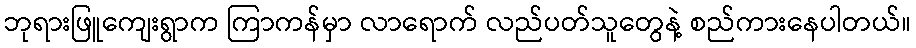
ဘုရားဖြူကျေးရွာက ကြာကန်မှာ လာရောက် လည်ပတ်သူတွေနဲ့ စည်ကားနေပါတယ်။